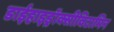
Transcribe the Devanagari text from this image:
डाईहाइड्रॉक्सीविटामिन